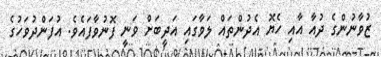
ޒުވާނުންގެ ދުއާ އާއި ހެޔޮ އެދުންތައް ލަވާގައި އަދީބަށް ވަނީ ފޮނުވާފައެވެ. އުފަންދުވަހުގެ